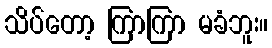
သိပ်တော့ ကြာကြာ မခံဘူး။